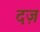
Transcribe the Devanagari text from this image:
दज़